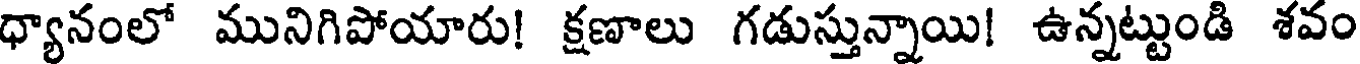
ధ్యానంలో మునిగిపోయారు! క్షణాలు గడుస్తున్నాయి! ఉన్నట్టుండి శవం